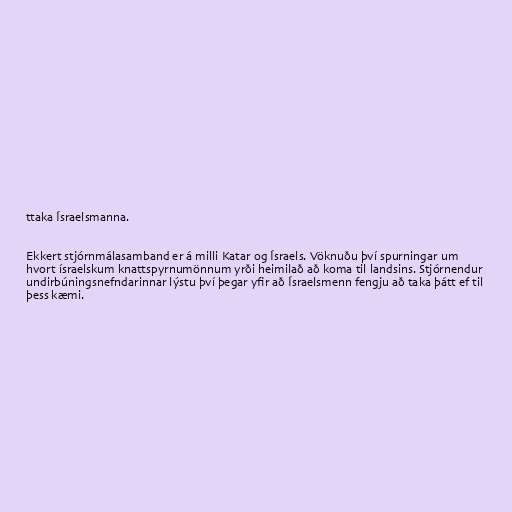
ttaka Ísraelsmanna.

Ekkert stjórnmálasamband er á milli Katar og Ísraels. Vöknuðu því spurningar um
hvort ísraelskum knattspyrnumönnum yrði heimilað að koma til landsins. Stjórnendur
undirbúningsnefndarinnar lýstu því þegar yfir að Ísraelsmenn fengju að taka þátt ef til
þess kæmi.